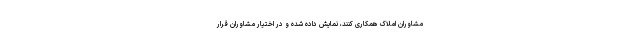
مشاوران املاک همکاری کنند، نمایش داده شده و در اختیار مشاوران قرار